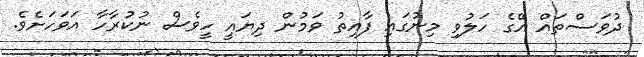
ދުވަސްތައް އޭގެ ހަލުވި މިނުގައި ފާއިތު ވަމުން ދިޔައީ ހީވެސް ނުކުރާހާ އަވަހަށެވެ.